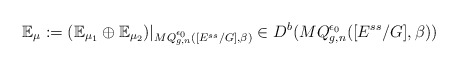
\begin{align*}\mathbb{E}_{\mu}:=(\mathbb{E}_{\mu_1}\oplus\mathbb{E}_{\mu_2})|_{MQ^{\epsilon_0}_{g,n}([E^{ss}/G],\beta)}\in D^b(MQ^{\epsilon_0}_{g,n}([E^{ss}/G],\beta))\end{align*}